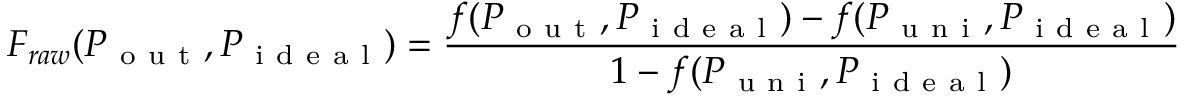
F _ { r a w } ( P _ { \mathrm { ~ o ~ u ~ t ~ } } , P _ { \mathrm { ~ i ~ d ~ e ~ a ~ l ~ } } ) = \frac { f ( P _ { \mathrm { ~ o ~ u ~ t ~ } } , P _ { \mathrm { ~ i ~ d ~ e ~ a ~ l ~ } } ) - f ( P _ { \mathrm { ~ u ~ n ~ i ~ } } , P _ { \mathrm { ~ i ~ d ~ e ~ a ~ l ~ } } ) } { 1 - f ( P _ { \mathrm { ~ u ~ n ~ i ~ } } , P _ { \mathrm { ~ i ~ d ~ e ~ a ~ l ~ } } ) }